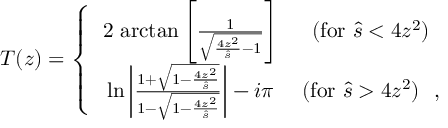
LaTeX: { \cal T } ( z ) = \left\{ \begin{array} { c c } { { 2 \mathrm { ~ a r c t a n } \left[ \frac { 1 } { \sqrt { \frac { 4 z ^ { 2 } } { \hat { s } } - 1 } } \right] } } & { { ( \mathrm { f o r ~ } \hat { s } < 4 z ^ { 2 } ) } } \\ { { \mathrm { ~ l n } \left| \frac { 1 + \sqrt { 1 - \frac { 4 z ^ { 2 } } { \hat { s } } } } { 1 - \sqrt { 1 - \frac { 4 z ^ { 2 } } { \hat { s } } } } \right| - i \pi ~ } } & { { ( \mathrm { f o r ~ } \hat { s } > 4 z ^ { 2 } ) \ \ , } } \end{array} \right.